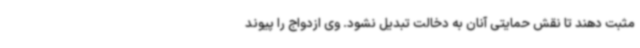
مثبت دهند تا نقش حمایتی آنان به دخالت تبدیل نشود. وی ازدواج را پیوند